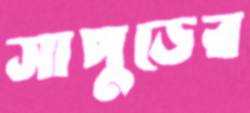
সাপুড়ের